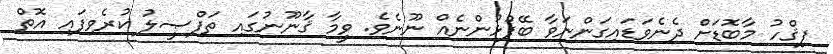
ފިޤްހު މާބޮޑަށް ދެނެވަޑައިގަންނަވާ ބޭފުޅުންނެއް ނޫނެވެ. ވީމާ ޤާނޫނުގައި ތަފްޞީލު ކުރެވިފައި އޮތް